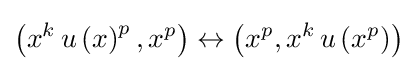
\left(x^{k}\,u\left(x\right)^{p},x^{p}\right)\leftrightarrow \left(x^{p},x^{k}\,u\left(x^{p}\right)\right)